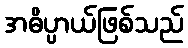
အဓိပ္ပာယ်ဖြစ်သည်